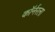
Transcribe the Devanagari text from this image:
काॅर्नरला